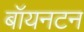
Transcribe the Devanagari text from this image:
बॉयनटन